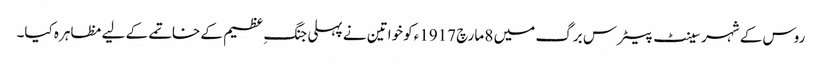
روس کے شہر سینٹ پیٹرس برگ میں 8 مارچ 1917ءکو خواتین نے پہلی جنگِ عظیم کے خاتمے کے لیے مظاہرہ کیا۔